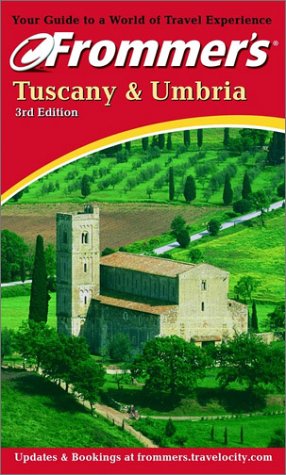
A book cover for Frommer's Tuscany & Umbria (Frommer's Florence, Tuscany & Umbria); Reid Bramblett; Travel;